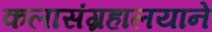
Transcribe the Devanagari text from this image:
कलासंग्रहालयाने